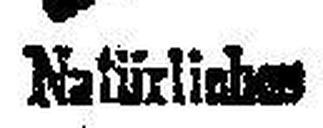
Natürliches